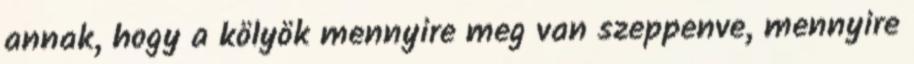
annak, hogy a kölyök mennyire meg van szeppenve, mennyire